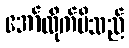
အော်လိုက်မိသည်